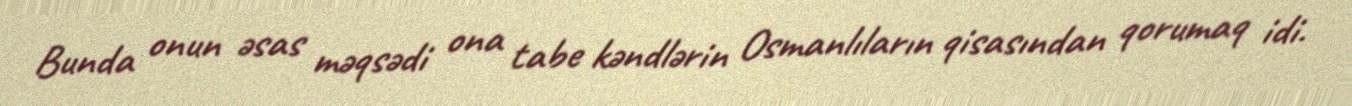
Bunda onun əsas məqsədi ona tabe kəndlərin Osmanlıların qisasından qorumaq idi.